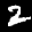
Label: 2